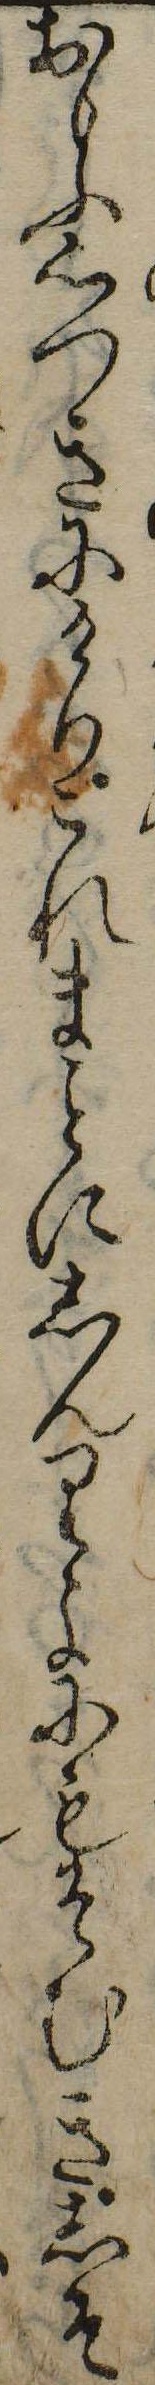
おもふ心つきにけりこれまにしんりよにもそむきしそ